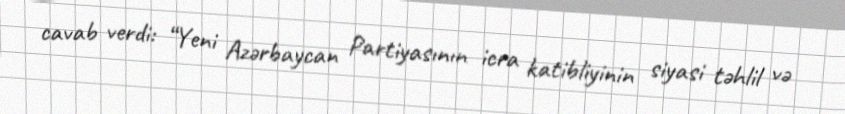
cavab verdi: “Yeni Azərbaycan Partiyasının icra katibliyinin siyasi təhlil və